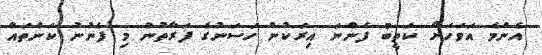
އެންމެ އަވަހަށް ކަތީބު ފެންނަ އިރަކުން ހަސަނުގެ ފަރާތުން މި ފެނުނު ކަންތައް